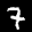
Label: 7